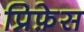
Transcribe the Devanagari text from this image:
प्रिफ़ेस